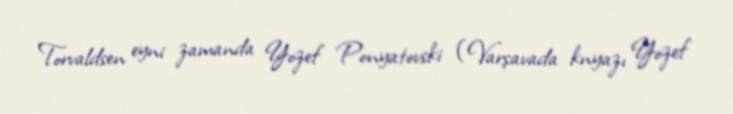
Torvaldsen eyni zamanda Yozef Ponyatovski (Varşavada knyazı Yozef